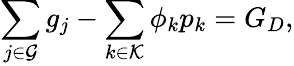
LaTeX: \sum_{j\in\mathcal{G}}g_{j}-\sum_{k\in\mathcal{K}}\phi_{k}p_{k}=G_{D},